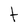
Character: t